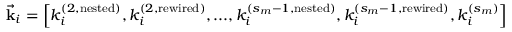
\vec { \mathbf { k } } _ { i } = \left[ k _ { i } ^ { ( 2 , \mathrm { n e s t e d } ) } , k _ { i } ^ { ( 2 , \mathrm { r e w i r e d } ) } , . . . , k _ { i } ^ { ( s _ { m } - 1 , \mathrm { n e s t e d } ) } , k _ { i } ^ { ( s _ { m } - 1 , \mathrm { r e w i r e d } ) } , k _ { i } ^ { ( s _ { m } ) } \right]